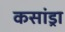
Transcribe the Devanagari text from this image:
कसांड्रा